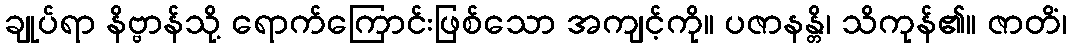
ချုပ်ရာ နိဗ္ဗာန်သို့ ရောက်ကြောင်းဖြစ်သော အကျင့်ကို။ ပဇာနန္တိ၊ သိကုန်၏။ ဇာတိံ၊